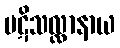
ပဋိသလ္လာနာယ